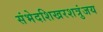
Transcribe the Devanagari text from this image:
संभेदशिखरशत्रुंजय